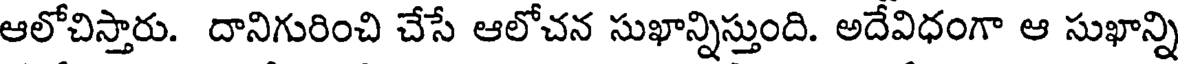
ఆలోచిస్తారు. దానిగురించి చేసే ఆలోచన సుఖాన్నిస్తుంది. అదేవిధంగా ఆ సుఖాన్ని